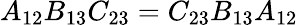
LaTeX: A_{12}B_{13}C_{23}=C_{23}B_{13}A_{12}